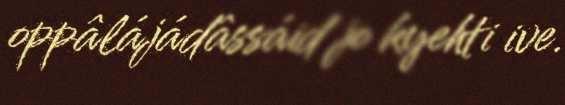
oppâlájádâssáid jo kyehti ive.